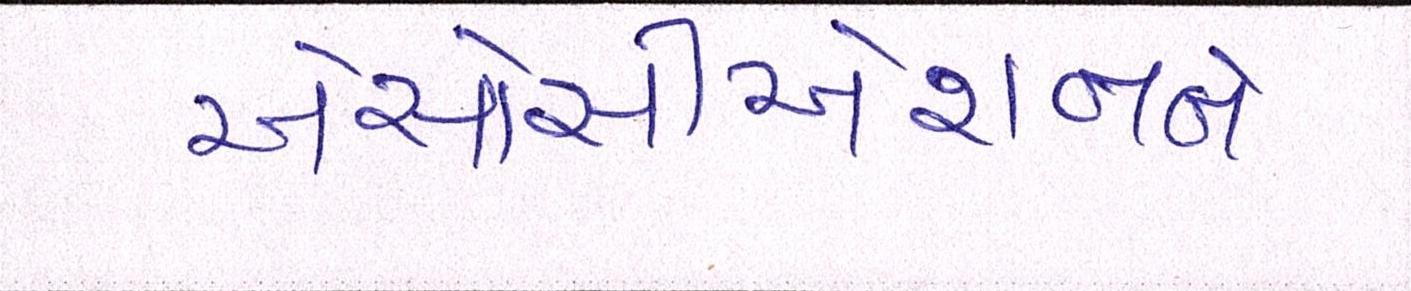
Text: એસોસીએશનને